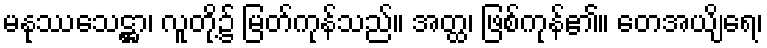
မနုဿသေဋ္ဌာ၊ လူတို့၌ မြတ်ကုန်သည်။ အတ္ထ၊ ဖြစ်ကုန်၏။ တေအယျိရေ၊